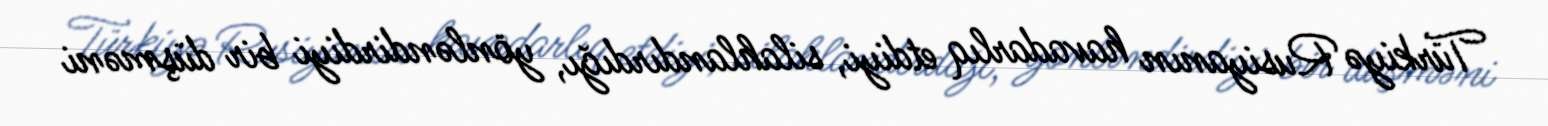
Türkiyə Rusiyanın havadarlıq etdiyi, silahlandırdığı, yönləndirdiyi bir düşməni